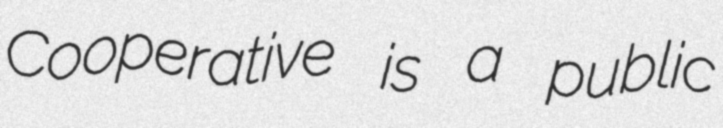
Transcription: Cooperative is a public